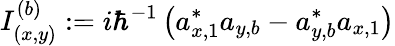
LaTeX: I_{(x,y)}^{(b)}:=i\hbar^{-1}\left(a_{x,1}^{\ast}a_{y,b}-a_{y,b}^{\ast}a_{x,1}\right)